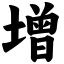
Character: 增